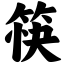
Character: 筷